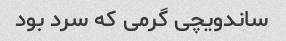
ساندویچی گرمی که سرد بود